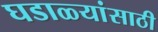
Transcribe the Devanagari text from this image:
घडाळ्यांसाठी